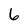
Character: 6